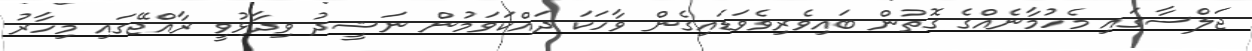
ޖަލްސާގައި މެހުމާނެއްގެ ގޮތުން ބައިވެރިވެވަޑައިގެން ވާހަކަ ދައްކަވަމުން ނަޝީދު ވިދާޅުވީ ރާއްޖޭގައި މިހާރު